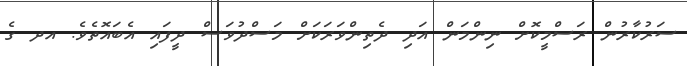
ސަރުކާރުން ރަސްމީކޮށް ނިންމަން އަދި ދެތިންވަރަކަށް މަސްދުވަސް ދީފައި އެބައޮތެވެ. އދ ގެ